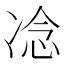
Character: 𪞤